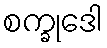
စက္ခုဒေါ